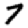
Digit: 7